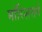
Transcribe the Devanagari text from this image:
मॉरिशसने